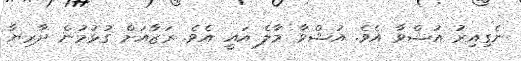
ނެގިއިރު އުޝްވާ އެވެ. އުޝްވާ މާލެ އައީ އެވެ. ރަޒާއަށް ގުޅުމުން ދާރިޔާ